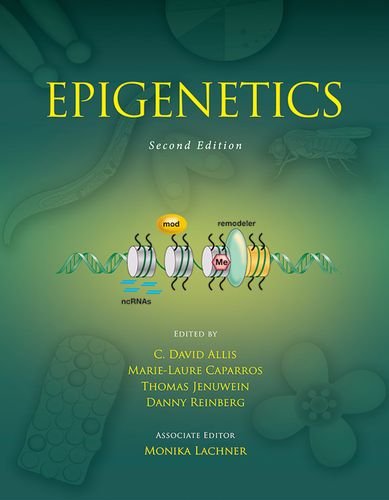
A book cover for Epigenetics, Second Edition; Medical Books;